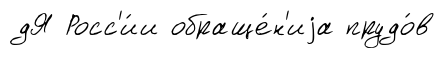
дЯ Росс'и́и обраще́н'иjа прудо́в